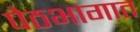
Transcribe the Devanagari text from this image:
पेठभागात